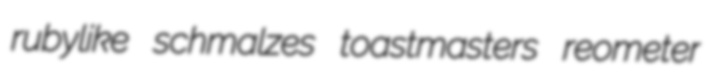
rubylike schmalzes toastmasters reometer